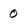
Character: 0